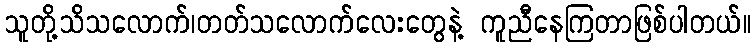
သူတို့သိသလောက်၊တတ်သလောက်လေးတွေနဲ့ ကူညီနေကြတာဖြစ်ပါတယ်။